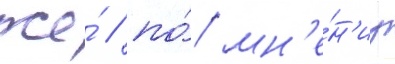
же́ / по́ мн'е́н'иу